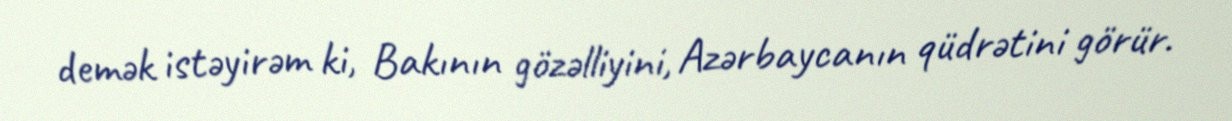
demək istəyirəm ki, Bakının gözəlliyini, Azərbaycanın qüdrətini görür.